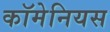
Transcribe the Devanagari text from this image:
कॉमेनियस